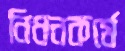
নিধনকর্মে